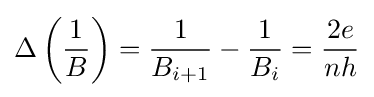
\Delta \left({\frac {1}{B}}\right)={\frac {1}{B_{i+1}}}-{\frac {1}{B_{i}}}={\frac {2e}{nh}}